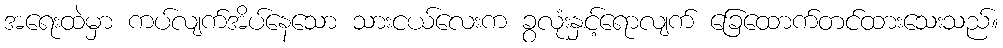
အရေးထဲမှာ ကပ်လျက်အိပ်နေသော သားငယ်လေးက ခွလုံးနှင့်ရောလျက် ခြေထောက်တင်ထားသေးသည်။